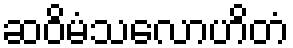
ဆဝိမံသလောဟိတံ